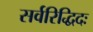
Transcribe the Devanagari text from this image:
सर्वरिद्धिदः